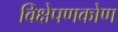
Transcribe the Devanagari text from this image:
विक्षेपणकोण